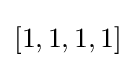
[1,1,1,1]